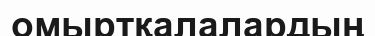
омыртқалалардың